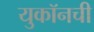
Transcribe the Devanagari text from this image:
युकॉनची